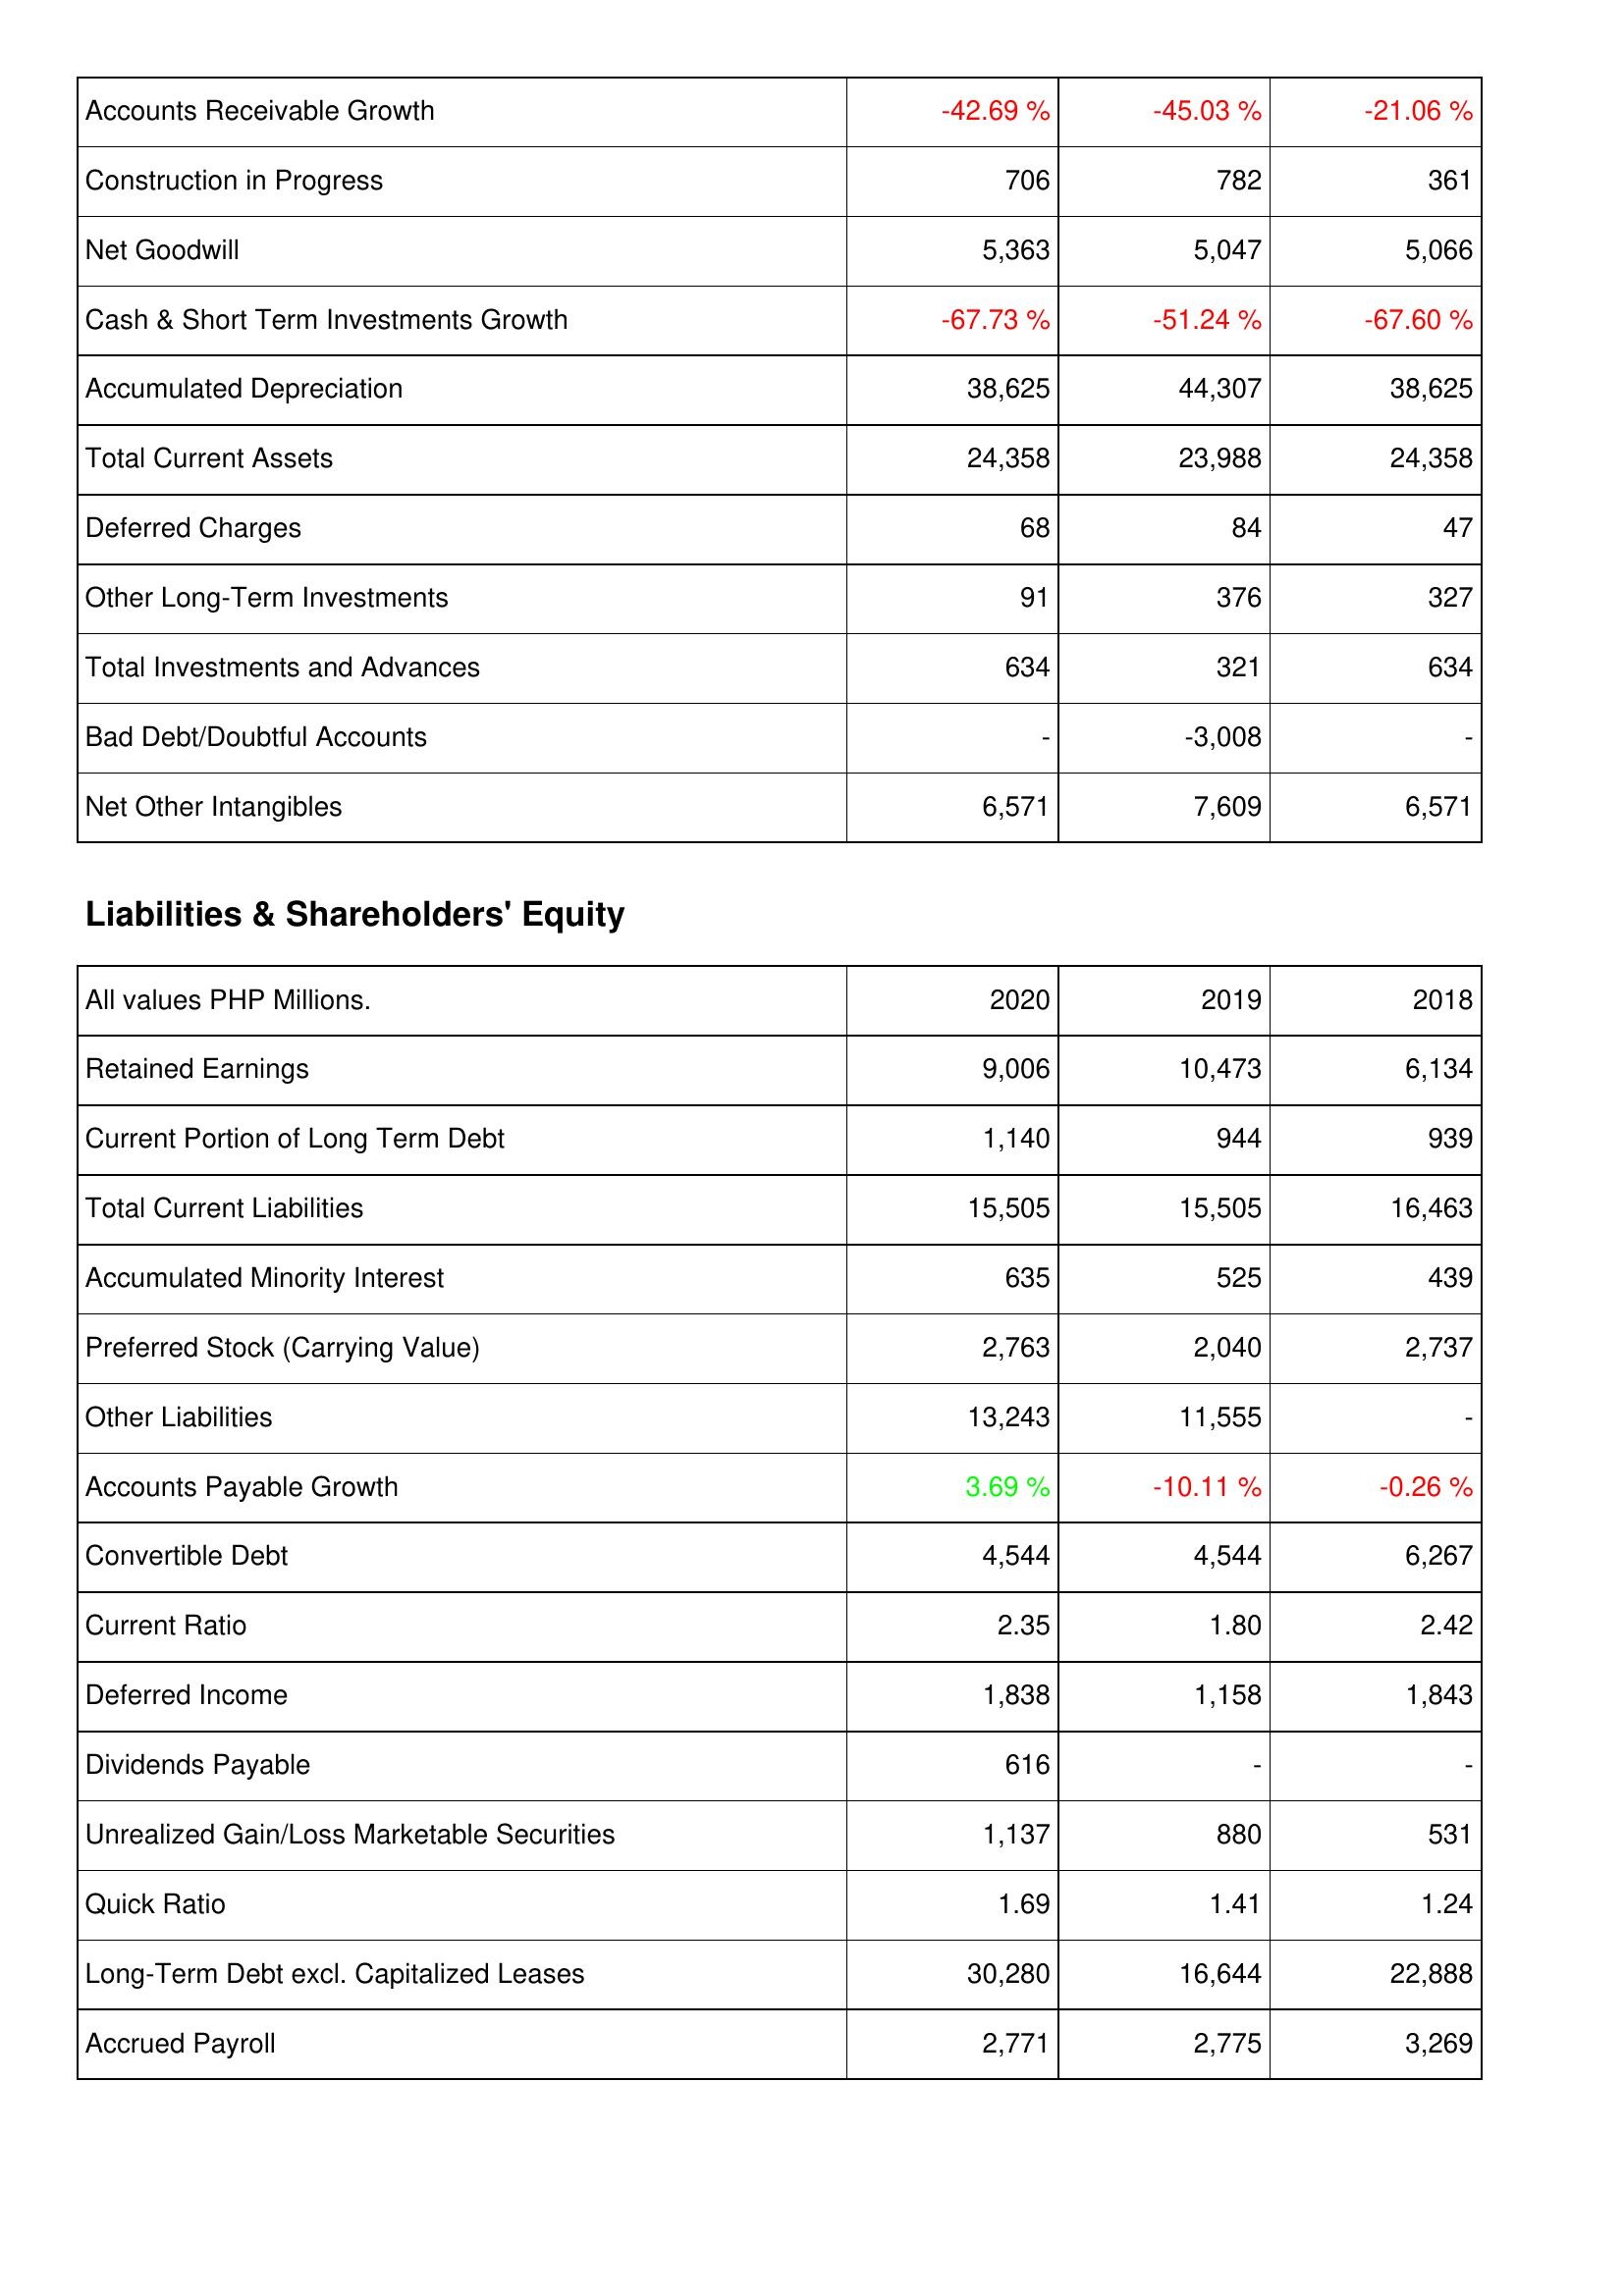
2020: Assets: Accounts Receivable Growth: -42.69 %
Construction in Progress: 706
Net Goodwill: 5,363
Cash & Short Term Investments Growth: -67.73 %
Accumulated Depreciation: 38,625
Total Current Assets: 24,358
Deferred Charges: 68
Other Long-Term Investments: 91
Total Investments and Advances: 634
Bad Debt/Doubtful Accounts: -
Net Other Intangibles: 6,571
Liabilities & Shareholders' Equity: Retained Earnings: 9,006
Current Portion of Long Term Debt: 1,140
Total Current Liabilities: 15,505
Accumulated Minority Interest: 635
Preferred Stock (Carrying Value): 2,763
Other Liabilities: 13,243
Accounts Payable Growth: 3.69 %
Convertible Debt: 4,544
Current Ratio: 2.35
Deferred Income: 1,838
Dividends Payable: 616
Unrealized Gain/Loss Marketable Securities: 1,137
Quick Ratio: 1.69
Long-Term Debt excl. Capitalized Leases: 30,280
Accrued Payroll: 2,771
2019: Assets: Accounts Receivable Growth: -45.03 %
Construction in Progress: 782
Net Goodwill: 5,047
Cash & Short Term Investments Growth: -51.24 %
Accumulated Depreciation: 44,307
Total Current Assets: 23,988
Deferred Charges: 84
Other Long-Term Investments: 376
Total Investments and Advances: 321
Bad Debt/Doubtful Accounts: -3,008
Net Other Intangibles: 7,609
Liabilities & Shareholders' Equity: Retained Earnings: 10,473
Current Portion of Long Term Debt: 944
Total Current Liabilities: 15,505
Accumulated Minority Interest: 525
Preferred Stock (Carrying Value): 2,040
Other Liabilities: 11,555
Accounts Payable Growth: -10.11 %
Convertible Debt: 4,544
Current Ratio: 1.80
Deferred Income: 1,158
Dividends Payable: -
Unrealized Gain/Loss Marketable Securities: 880
Quick Ratio: 1.41
Long-Term Debt excl. Capitalized Leases: 16,644
Accrued Payroll: 2,775
2018: Assets: Accounts Receivable Growth: -21.06 %
Construction in Progress: 361
Net Goodwill: 5,066
Cash & Short Term Investments Growth: -67.60 %
Accumulated Depreciation: 38,625
Total Current Assets: 24,358
Deferred Charges: 47
Other Long-Term Investments: 327
Total Investments and Advances: 634
Bad Debt/Doubtful Accounts: -
Net Other Intangibles: 6,571
Liabilities & Shareholders' Equity: Retained Earnings: 6,134
Current Portion of Long Term Debt: 939
Total Current Liabilities: 16,463
Accumulated Minority Interest: 439
Preferred Stock (Carrying Value): 2,737
Other Liabilities: -
Accounts Payable Growth: -0.26 %
Convertible Debt: 6,267
Current Ratio: 2.42
Deferred Income: 1,843
Dividends Payable: -
Unrealized Gain/Loss Marketable Securities: 531
Quick Ratio: 1.24
Long-Term Debt excl. Capitalized Leases: 22,888
Accrued Payroll: 3,269